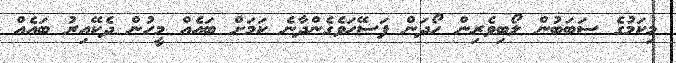
މިކަމުގެ ސަބަބުން ލޯބިވެރިން ހޯދަން ފަސޭހަވެގެންދާނެ ކަމަށް ބައެއް މީހުން ދެކޭއިރު ބައެއް